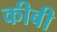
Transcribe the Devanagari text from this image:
कीबी